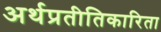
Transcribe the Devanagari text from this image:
अर्थप्रतीतिकारिता